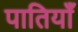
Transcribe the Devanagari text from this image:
पातियाँ